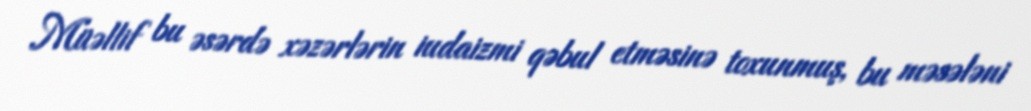
Müəllif bu əsərdə xəzərlərin iudaizmi qəbul etməsinə toxunmuş, bu məsələni